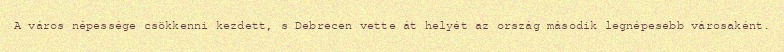
A város népessége csökkenni kezdett, s Debrecen vette át helyét az ország második legnépesebb városaként.